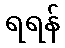
ရရန်